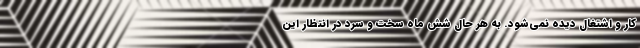
کار و اشتغال دیده نمی‌شود. به هر حال شش ماه سخت و سرد در انتظار این